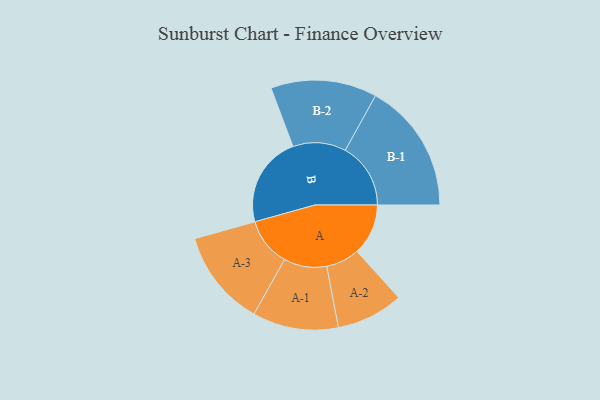
{"axis": {"x": "Segment", "y": "Value"}, "legend": ["", "A", "B"], "data": [{"x": "A", "y": 196, "type": ""}, {"x": "B", "y": 348, "type": ""}, {"x": "A-1", "y": 164, "type": "A"}, {"x": "A-2", "y": 128, "type": "A"}, {"x": "A-3", "y": 185, "type": "A"}, {"x": "B-1", "y": 250, "type": "B"}, {"x": "B-2", "y": 203, "type": "B"}]}